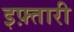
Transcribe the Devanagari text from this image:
इफ़्तारी